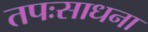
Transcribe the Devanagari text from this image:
तपःसाधना